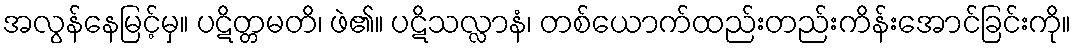
အလွန်နေမြင့်မှ။ ပဋိတ္တမတိ၊ ဖဲ၏။ ပဋိသလ္လာနံ၊ တစ်ယောက်ထည်းတည်းကိန်းအောင်ခြင်းကို။